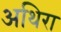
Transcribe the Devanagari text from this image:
अथिरा